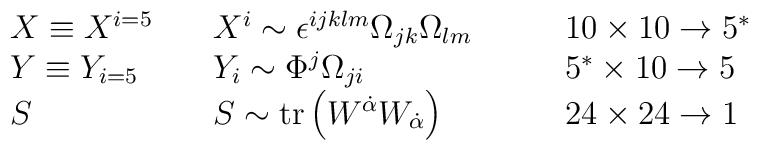
\begin{array}{lll}  X \equiv X^{i=5} \quad & X^i \sim \epsilon^{ijklm} \Omega_{jk} \Omega_{lm} &  \qquad 10 \times 10 \rightarrow 5^* \\  Y \equiv Y_{i=5} \quad & Y_i \sim \Phi^j \Omega_{ji} &  \qquad 5^* \times 10 \rightarrow 5 \\  S & S \sim {\rm tr} \left( W^{\dot\alpha} W_{\dot\alpha} \right) &  \qquad 24 \times 24 \rightarrow 1 \end{array}